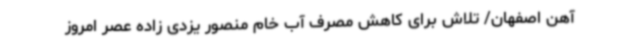
آهن اصفهان/ تلاش برای کاهش مصرف آب خام منصور یزدی زاده عصر امروز